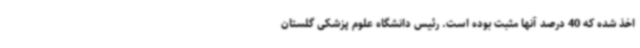
اخذ شده که 40 درصد آنها مثبت بوده‌ است. رئیس دانشگاه علوم پزشکی گلستان